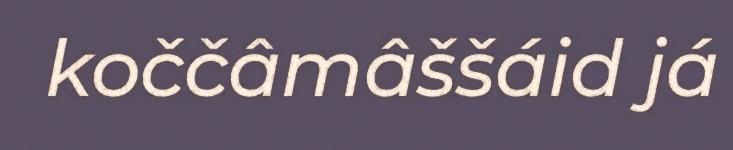
koččâmâššáid já